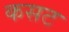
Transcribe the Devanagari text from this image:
कसट